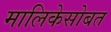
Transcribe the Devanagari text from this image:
मालिकेसोबत